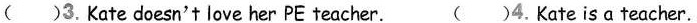
( )3. Kate doesn't love her PE teacher. ( )4. Kate is ateacher.